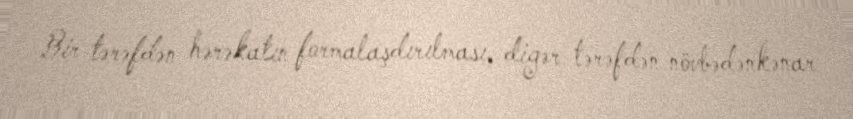
Bir tərəfdən hərəkatın formalaşdırılması, digər tərəfdən növbədənkənar